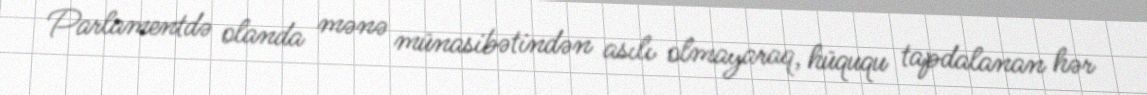
Parlamentdə olanda mənə münasibətindən asılı olmayaraq, hüququ tapdalanan hər